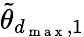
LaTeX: \tilde{\theta}_{d_{\mathrm{~m~a~x~}},1}